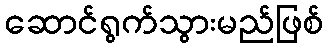
ဆောင်ရွက်သွားမည်ဖြစ်